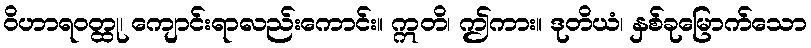
ဝိဟာရဝတ္ထု၊ ကျောင်းရာလည်းကောင်း။ ဣတိ၊ ဤကား။ ဒုတိယံ၊ နှစ်ခုမြောက်သော